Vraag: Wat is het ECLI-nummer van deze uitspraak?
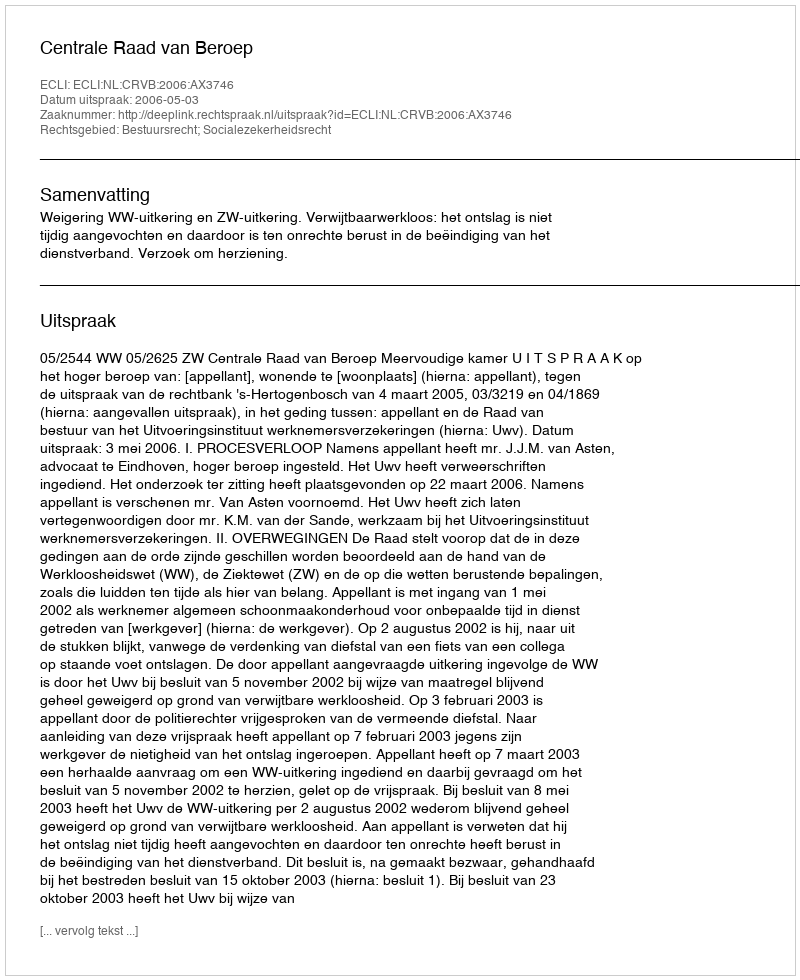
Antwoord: ECLI:NL:CRVB:2006:AX3746